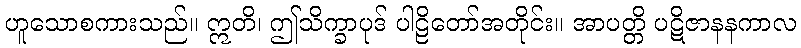
ဟူသောစကားသည်။ ဣတိ၊ ဤသိက္ခာပုဒ် ပါဠိတော်အတိုင်း။ အာပတ္တိ ပဋိဇာနနကာလ